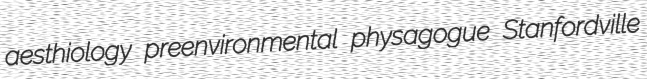
aesthiology preenvironmental physagogue Stanfordville